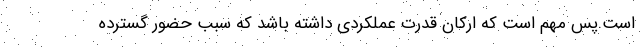
است.پس مهم است که ارکان قدرت عملکردی داشته باشد که سبب حضور گسترده